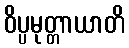
ဝိပ္ပမုတ္တာယာတိ